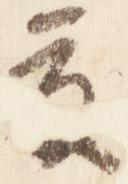
夏